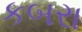
કબરા